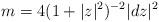
LaTeX: \begin{align*}m=4(1+|z|^2)^{-2}|dz|^2\end{align*}